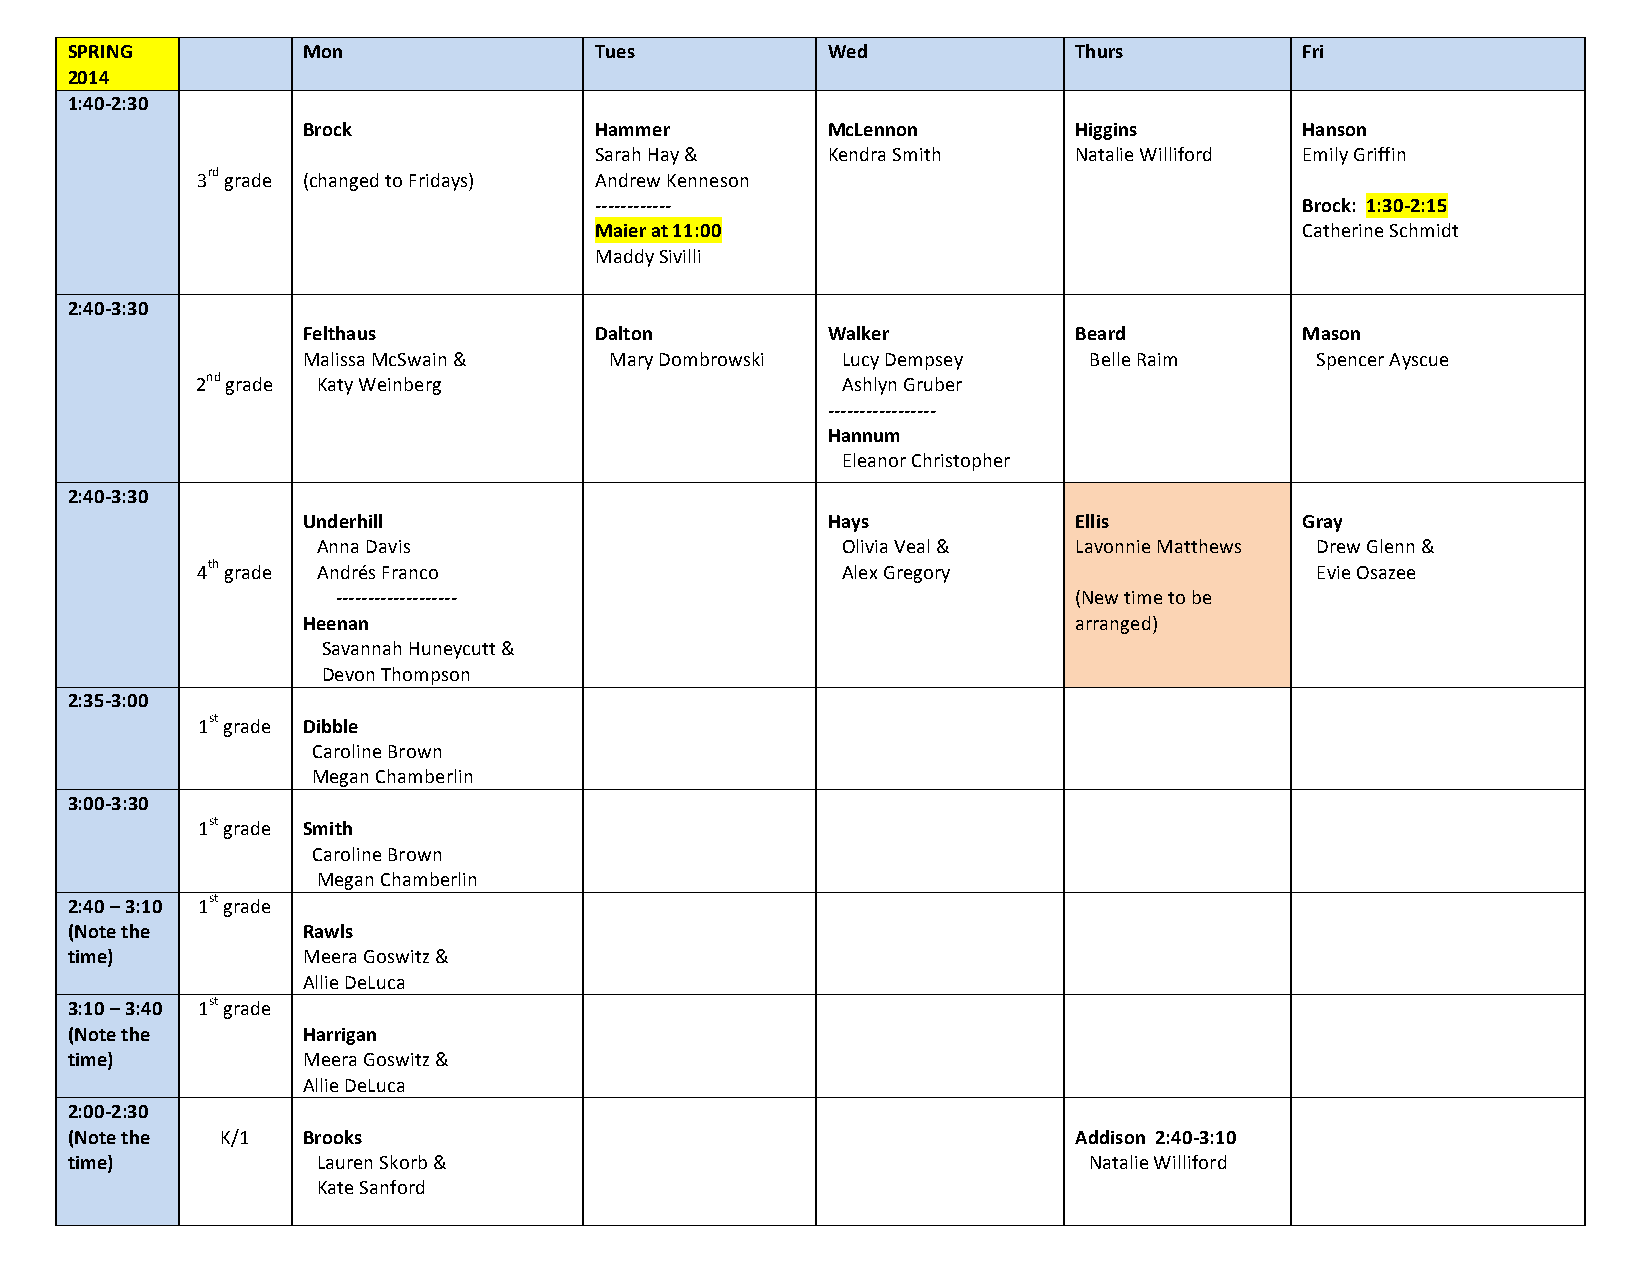
SPRING          Mon                Tues            Wed             Thurs          Fri
 2014
 1:40-­‐2:30
 Brock              Hammer          McLennon        Higgins        Hanson
 Sarah Hay &     Kendra Smith    Natalie Williford Emily Griffin
 3rd grade (changed to Fridays) Andrew Kenneson
 -­‐-­‐-­‐-­‐-­‐-­‐-­‐-­‐-­‐-­‐-­‐-­‐           Brock: 1:30-­‐2:15
 Maier at 11:00                                 Catherine Schmidt
 Maddy Sivilli
 2:40-­‐3:30
 Felthaus           Dalton          Walker          Beard          Mason
 Malissa McSwain &   Mary Dombrowski Lucy Dempsey    Belle Raim     Spencer Ayscue
 2nd grade Katy Weinberg                    Ashlyn Gruber
 -­‐-­‐-­‐-­‐-­‐-­‐-­‐-­‐-­‐-­‐-­‐-­‐-­‐-­‐-­‐-­‐-­‐
 Hannum
 Eleanor Christopher
 2:40-­‐3:30
 Underhill                          Hays            Ellis          Gray
 Anna Davis                         Olivia Veal &  Lavonnie Matthews Drew Glenn &
 4th grade Andrés Franco                    Alex Gregory                   Evie Osazee
 -­‐-­‐-­‐-­‐-­‐-­‐-­‐-­‐-­‐-­‐-­‐-­‐-­‐-­‐-­‐-­‐-­‐-­‐-­‐ (New time to be
 Heenan                                             arranged)
 Savannah Huneycutt &
 Devon Thompson
 2:35-­‐3:00
 1st grade Dibble
 Caroline Brown
 Megan Chamberlin
 3:00-­‐3:30
 1st grade Smith
 Caroline Brown
 Megan Chamberlin
 2:40 – 3:10 1st grade
 (Note the       Rawls
 time)           Meera Goswitz &
 Allie DeLuca
 3:10 – 3:40 1st grade
 (Note the       Harrigan
 time)           Meera Goswitz &
 Allie DeLuca
 2:00-­‐2:30
 (Note the  K/1  Brooks                                             Addison 2:40-­‐3:10
 time)            Lauren Skorb &                                     Natalie Williford
 Kate Sanford